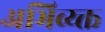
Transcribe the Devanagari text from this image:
अभिव्य्क्त